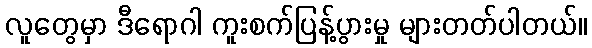
လူတွေမှာ ဒီရောဂါ ကူးစက်ပြန့်ပွားမှု များတတ်ပါတယ်။